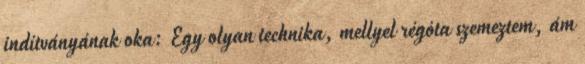
indítványának oka: Egy olyan technika, mellyel régóta szemeztem, ám